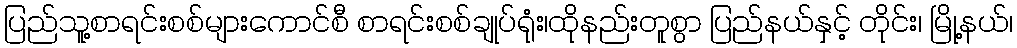
ပြည်သူ့စာရင်းစစ်များကောင်စီ စာရင်းစစ်ချုပ်ရုံး၊ထိုနည်းတူစွာ ပြည်နယ်နှင့် တိုင်း၊ မြို့နယ်၊